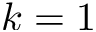
k = 1